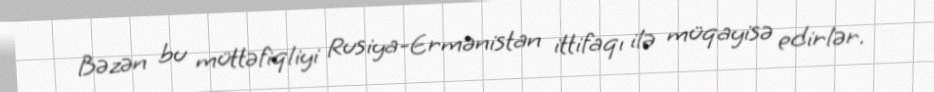
Bəzən bu müttəfiqliyi Rusiya-Ermənistan ittifaqı ilə müqayisə edirlər.